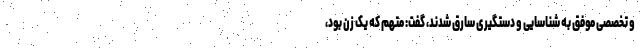
و تخصصی موفق به شناسایی و دستگیری سارق شدند، گفت: متهم که یک زن بود،